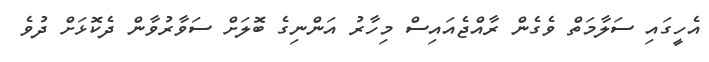
އެހީގައި ސަލާމަތް ވެގެން ރާއްޖެއައިސް މިހާރު އަންނިގެ ބޮލަށް ސަވާރުވާން ދެކޮޅަށް ދުވެ